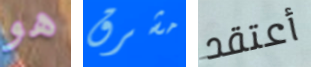
هو مشرق أعتقد